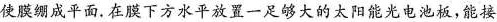
使膜绷成平面。在膜下方水平放置一足够大的太阳能光电池板，能接